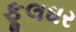
ફૂલઘર